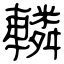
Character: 轔